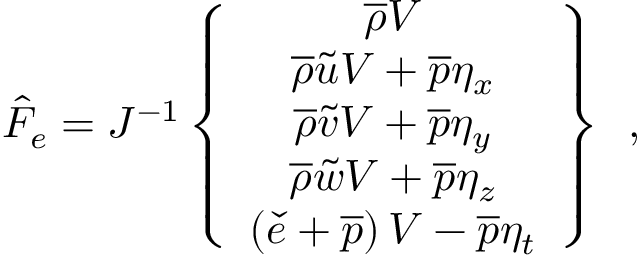
\hat { F } _ { e } = J ^ { - 1 } \left\{ \begin{array} { c } { \overline { { \rho } } V } \\ { \overline { { \rho } } \tilde { u } V + \overline { { p } } \eta _ { x } } \\ { \overline { { \rho } } \tilde { v } V + \overline { { p } } \eta _ { y } } \\ { \overline { { \rho } } \tilde { w } V + \overline { { p } } \eta _ { z } } \\ { \left( \check { e } + \overline { { p } } \right) V - \overline { { p } } \eta _ { t } } \end{array} \right\} \, \mathrm { ~ , ~ }